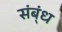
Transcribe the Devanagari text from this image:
संब्ंध